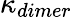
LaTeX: \kappa_{dimer}